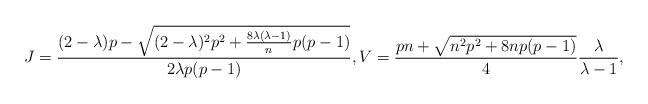
LaTeX: \begin{align*}J =\frac{(2-\lambda)p-\sqrt{(2-\lambda)^{2}p^{2}+\frac{8\lambda(\lambda-1)}{n}p(p-1)}}{2\lambda p(p-1)}, V = \frac{pn+\sqrt{n^{2}p^{2}+8np(p-1)}}{4}\frac{\lambda}{\lambda-1},\end{align*}